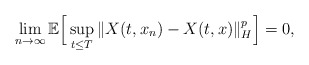
\begin{align*}\lim_{n\rightarrow\infty}\mathbb{E}\Big[ \sup_{t\leq T}\Vert X(t, x_n)-X(t, x)\Vert_H^p \Big] = 0,\end{align*}